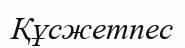
Құсжетпес